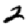
Digit: 2